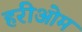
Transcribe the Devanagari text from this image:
हरीओम